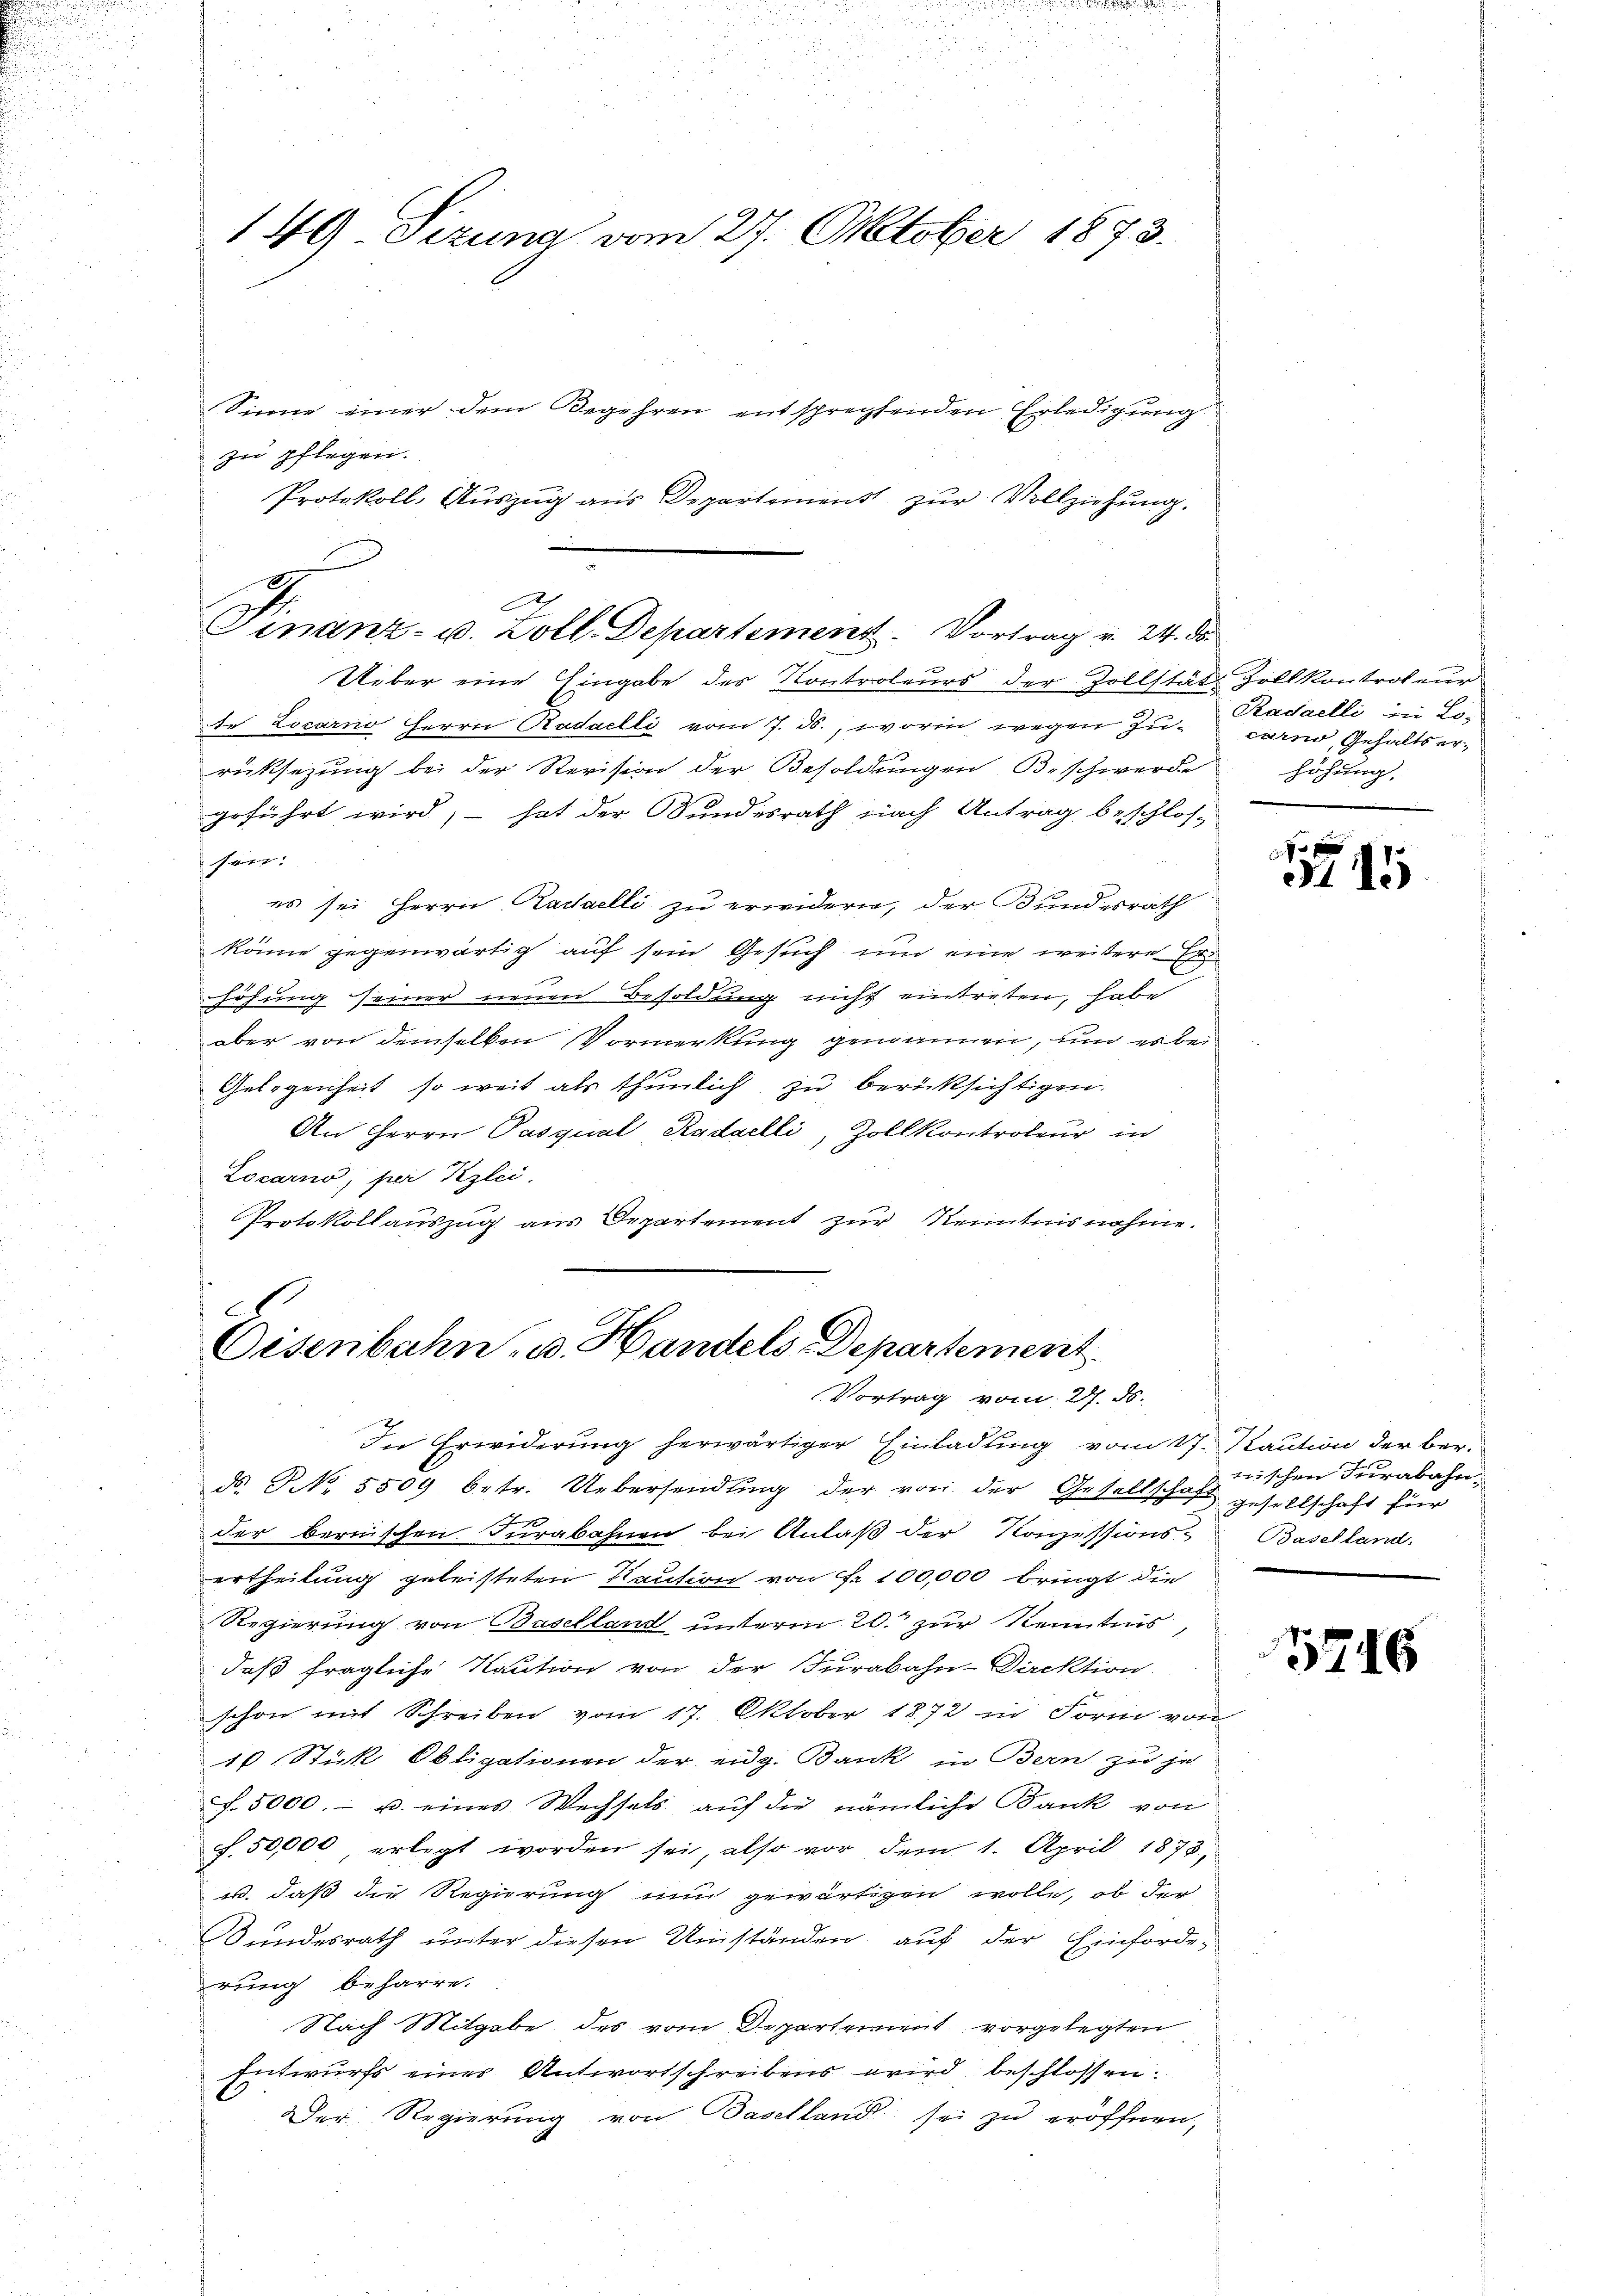
149 Sizung vom 27. Oktober 1873.

Sinne einer dem Begehren entsprechtenden Erledigung
zu pflegen.
Protokoll, Auszug aus Departement zur Vollziehung.

Finanz- u. Zoll. Departement. Vortrag u. 24. de

Ueber eine Eingabe des Kontroleurs der Zollstät Zollkontroleur
te Locarno Herrn Radaelli vom 7. ds., worin wegen Zu- carno, Gehaltserrüksezung bei der Revision der Besoldungen Beschwerde höhung,
geführt wird, – hat der Bundesrath nach Antrag beschlos-
sein:
es sei Herrn Kadaelli zu erwidern, der Bundesrath
könne gegenwärtig auf sein Gesuch um eine weitere E
höhung seiner neuen Besoldung nicht eintreten, habe
aber von demselben Vormerkung genommen, und es bei
Gelegenheit, so weit als thunlich zu berücksichtigen.
An Herrn Pasqual Radaelli, Zollkontroleur in
Locarno, per Klei
Protokollauszug aus Departement zur Kenntnisnahme.

el
Eisenbahn u. Handels Departement.
Vortrag vom 27. ds.

In Erwiderung herwärtiger Einladung vom 17. Kaution der ber.
ds. No. 5509 betr. Uebersendŭng der von der Gesellschaft gesellschaft für
der bernischen Turabohnen bei Anlaß der Konzessions-Baselland.
ertheilung geleisteten Kaution von Fr. 100,000 bringt die
Regierung von Baselland unterm 20. zur Kenntnis,
daß fragliche Kaution von der Jurabahn-Direktion
schon mit Schreiben vom 17. Oktober 1872 in Form von
10 Stück Obligationen der eidg. Bank in Bern zu je
f. 5000.- u. eines Wechsels auf die nämliche Bank von
f. 50,000, erlegt worden sei, also vor dem 1. April 1873,
w. daß die Regierung nun gewärtigen wolle, ob der
undesrath unter diesen Umständen, auf der Einforderung beharre.
Nach Mitgabe des vom Departement vorgelegten
Entwurfs einer Antwortschreibens wird beschlossen:
Der Regierung von Baselland sei zu eröffnen,

Radaelli in Lo¬

5745

wischen Turabahn.

576